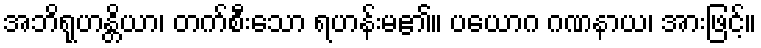
အဘိရုဟန္တိယာ၊ တက်စီးသော ရဟန်းမ၏။ ပယောဂ ဂဏနာယ၊ အားဖြင့်။